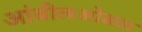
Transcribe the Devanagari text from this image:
आंबीलओढ्या